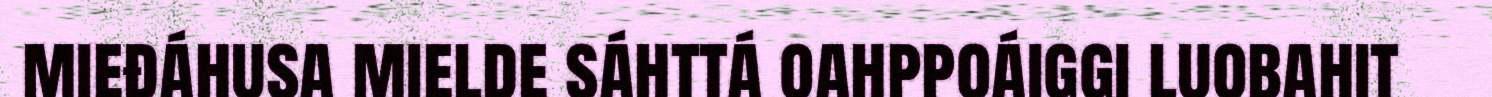
mieđáhusa mielde sáhttá oahppoáiggi luobahit